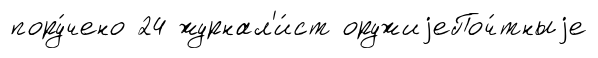
пору́чено 24 журнал'и́ст оружиjеПоч́тныjе